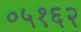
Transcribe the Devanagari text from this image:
०५१६२